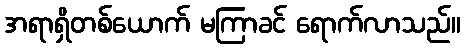
အရာရှိတစ်ယောက် မကြာခင် ရောက်လာသည်။